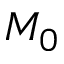
M _ { 0 }